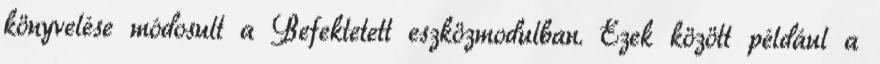
könyvelése módosult a Befektetett eszközmodulban. Ezek között például a